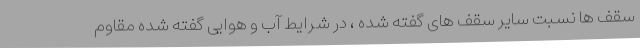
سقف ها نسبت سایر سقف های گفته شده ، در شرایط آب و هوایی گفته شده مقاوم